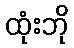
ထုံးဘို